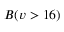
B ( v > 1 6 )